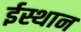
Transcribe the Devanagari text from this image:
ईस्थान